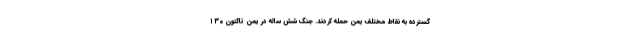
گسترده به نقاط مختلف یمن حمله کردند. جنگ شش ساله در یمن تاکنون ۱۳۰